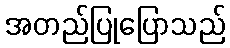
အတည်ပြုပြောသည်